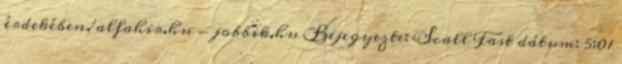
érdekében. alfahir.hu - jobbik.hu Bejegyezte: Scall Fast dátum: 5:01